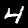
Label: 4